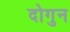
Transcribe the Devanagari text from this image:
दोगुन